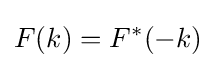
F(k)=F^{*}(-k)